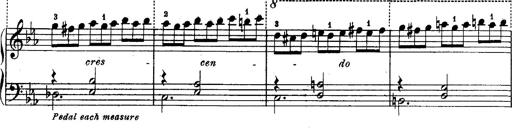
Title: Schubert's Impromptus [revised and edited by Franz Liszt]
Composer: Franz Liszt